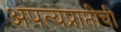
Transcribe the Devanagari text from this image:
अपत्यप्राप्तीची